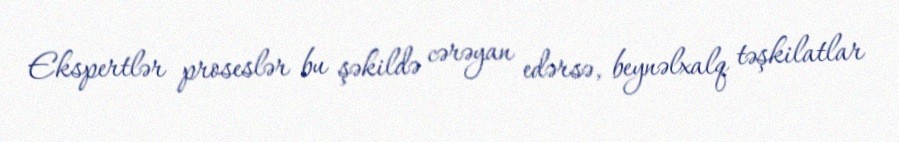
Ekspertlər proseslər bu şəkildə cərəyan edərsə, beynəlxalq təşkilatlar